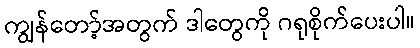
ကျွန်တော့်အတွက် ဒါတွေကို ဂရုစိုက်ပေးပါ။